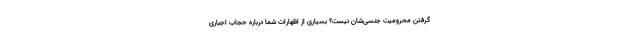
گرفتن محرومیت جنسی‌شان نیست؟ بسیاری از اظهارات شما دربارهٔ حجاب اجباری